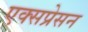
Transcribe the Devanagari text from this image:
एक्सप्रेसन